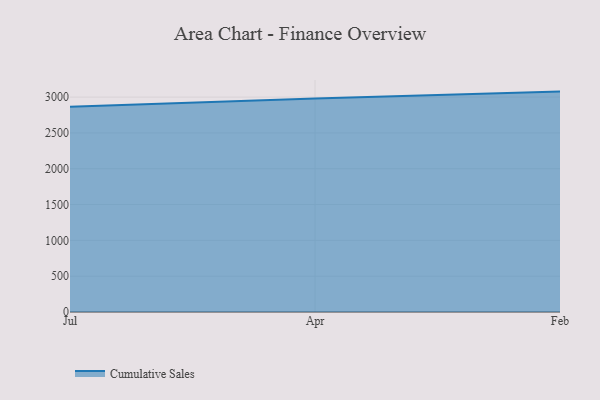
{"axis": {"x": "Month", "y": "Headcount"}, "legend": ["Cumulative Sales"], "data": [{"x": "Jul", "y": 2865.3, "type": "Cumulative Sales"}, {"x": "Apr", "y": 2982.0, "type": "Cumulative Sales"}, {"x": "Feb", "y": 3076.7, "type": "Cumulative Sales"}]}